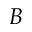
B